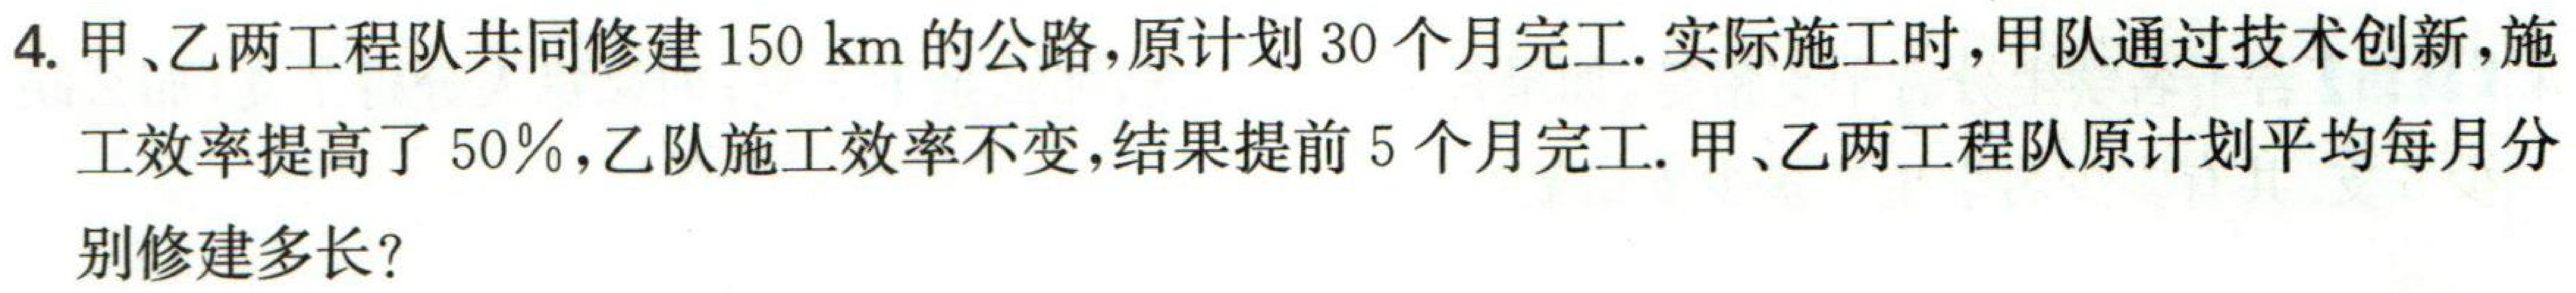
4. 甲、乙两工程队共同修建\(150 \text{ km}\)的公路，原计划\(30\)个月完工. 实际施工时，甲队通过技术创新，施工效率提高了\(50\%\)，乙队施工效率不变，结果提前\(5\)个月完工. 甲、乙两工程队原计划平均每月分别修建多长？